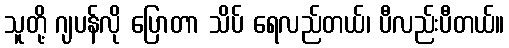
သူတို့ ဂျပန်လို ပြောတာ သိပ် ရေလည်တယ်၊ ပီလည်းပီတယ်။